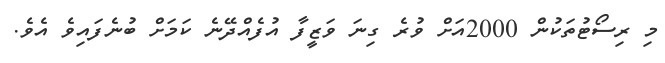
މި ރިސޯޓުތަކުން 2000އަށް ވުރެ ގިނަ ވަޒީފާ އުފެއްދޭނެ ކަމަށް ބުނެފައިވެ އެވެ.